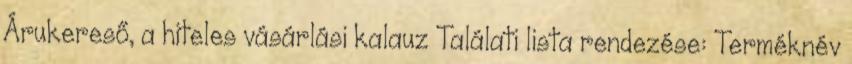
Árukereső, a hiteles vásárlási kalauz Találati lista rendezése: Terméknév